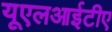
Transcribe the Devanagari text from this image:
यूएलआईटीए